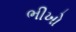
ભીખો